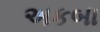
અકબા